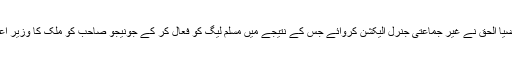
1985ءمیں ضیا الحق نے غیر جماعتی جنرل الیکشن کروائے جس کے نتیجے میں مسلم لیگ کو فعال کر کے جونیجو صاحب کو ملک کا وزیر اعظم بنا دیا گیا۔